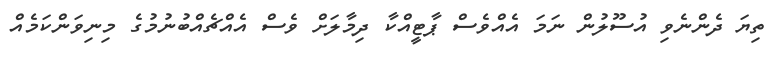
ތިޔަ ދެންނެވި އުސޫލުން ނަމަ އެއްވެސް ޕާޓީއްކާ ދިމާލަށް ވެސް އެއްޗެއްބުނުމުގެ މިނިވަންކަމެއް